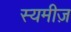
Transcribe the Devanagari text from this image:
स्यमीज़